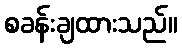
စခန်းချထားသည်။